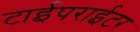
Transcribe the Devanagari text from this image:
टाईपराईटर